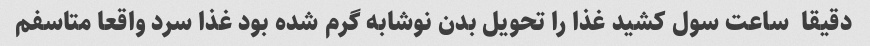
دقیقا  ساعت سول کشید غذا را تحویل بدن نوشابه گرم شده بود غذا سرد واقعا متاسفم